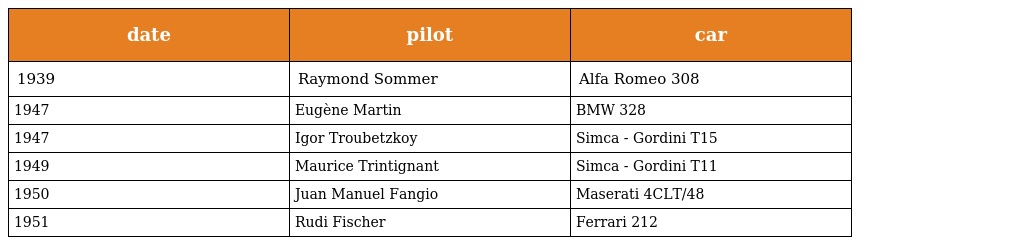
| date | pilot | car |
 | --- | --- | --- |
 | 1939 | Raymond Sommer | Alfa Romeo 308 |
 | 1947 | Eugène Martin | BMW 328 |
 | 1947 | Igor Troubetzkoy | Simca - Gordini T15 |
 | 1949 | Maurice Trintignant | Simca - Gordini T11 |
 | 1950 | Juan Manuel Fangio | Maserati 4CLT/48 |
 | 1951 | Rudi Fischer | Ferrari 212 |